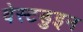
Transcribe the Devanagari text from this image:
वेस्टडुइन